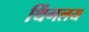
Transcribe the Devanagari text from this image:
थिंगलय